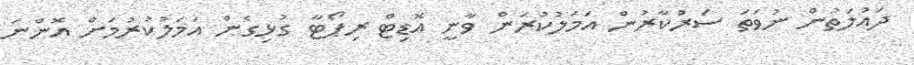
ދައުލަތުން ނުވަތަ ސަރުކާރުން އަމަލުކުރަން ވާނީ އޮޑިޓް ރިޕޯޓާ ގުޅިގެން އަމަލުކުރުމަށް އޮންނަ